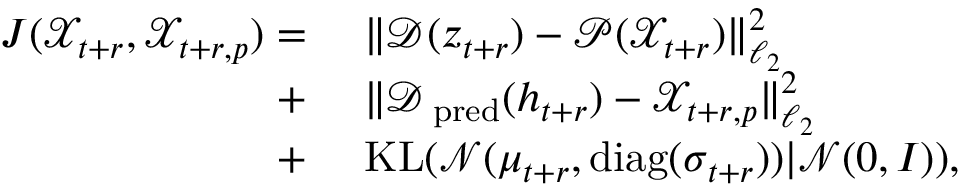
\begin{array} { r l } { J ( \mathcal X _ { t + r } , \mathscr X _ { t + r , p } ) = } & { ~ \| \mathcal D ( \boldsymbol z _ { t + r } ) - \mathcal P ( \mathcal X _ { t + r } ) \| _ { \ell _ { 2 } } ^ { 2 } } \\ { + } & { ~ \| \mathcal D _ { \mathrm { \scriptsize ~ p r e d } } ( \boldsymbol h _ { t + r } ) - \mathscr X _ { t + r , p } \| _ { \ell _ { 2 } } ^ { 2 } } \\ { + } & { ~ \mathrm { K L } ( \mathcal N ( \boldsymbol \mu _ { t + r } , \mathrm { d i a g } ( \boldsymbol \sigma _ { t + r } ) ) | \mathcal N ( \boldsymbol 0 , \boldsymbol I ) ) , } \end{array}